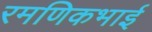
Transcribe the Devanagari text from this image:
रमणिकभाई